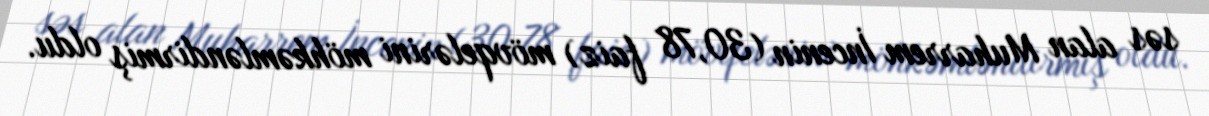
səs alan Muharrem İncenin (30,78 faiz) mövqelərini möhkəmləndirmiş oldu.